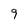
Character: 9